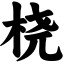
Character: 桡